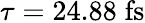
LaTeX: \tau=24.88\; \mathrm{fs}